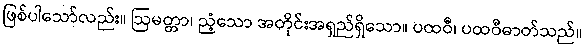
ဖြစ်ပါသော်လည်း။ ဩမတ္တာ၊ ညံ့သော အတိုင်းအရှည်ရှိသော။ ပထဝီ၊ ပထဝီဓာတ်သည်။